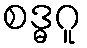
စဒ္ဓဂူ